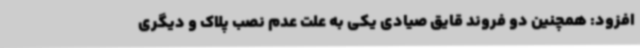
افزود: همچنین دو فروند قایق صیادی یکی به علت عدم نصب پلاک و دیگری